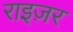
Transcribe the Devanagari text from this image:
राइज़र